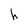
Character: h